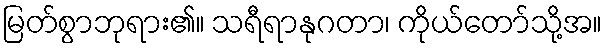
မြတ်စွာဘုရား၏။ သရီရာနုဂတာ၊ ကိုယ်တော်သို့အ။